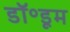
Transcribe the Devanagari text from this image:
डॉ॰डूम